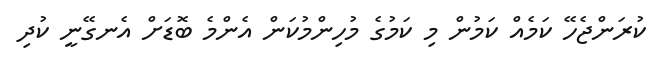
ކުރަންޖެހޭ ކަމެއް ކަމުން މި ކަމުގެ މުހިންމުކަން އެންމެ ބޮޑަށް އެނގޭނީ ކުދި